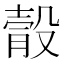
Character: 䐨